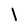
Character: l